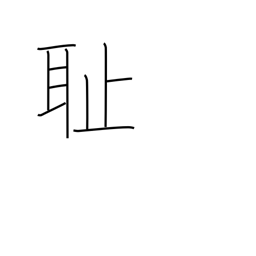
Meaning: humiliation